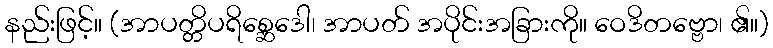
နည်းဖြင့်။ (အာပတ္တိပရိစ္ဆေဒေါ၊ အာပတ် အပိုင်းအခြားကို။ ဝေဒိတဗ္ဗော၊ ၏။)